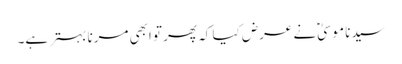
سیدنا موسیٰؑ نے عرض کیا کہ پھر تو ابھی مرنا بہتر ہے۔